Indian journal of veterinary science and animal husbandry - Volume 3,
Year: 1933
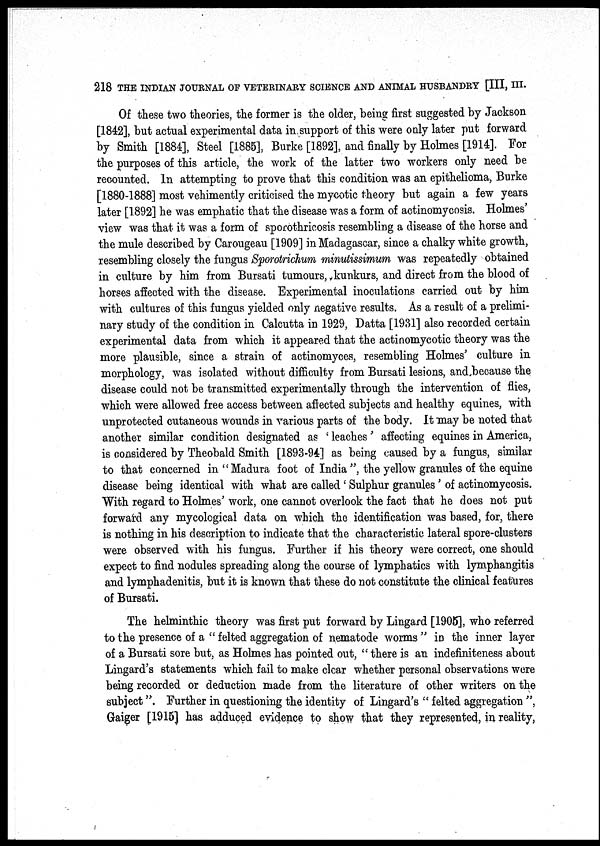
218 THE INDIAN JOURNAL OF VETERINARY SCIENCE AND ANIMAL HUSBANDRY [III, III.
Of these two theories, the former is the older, being first suggested by Jackson
[1842], but actual experimental data in support of this were only later put forward
by Smith [1884], Steel [1885], Burke [1892], and finally by Holmes [1914]. For
the purposes of this article, the work of the latter two workers only need be
recounted. In attempting to prove that this condition was an epithelioma, Burke
[1880-1888] most vehimently criticised the mycotic theory but again a few years
later [1892] he was emphatic that the disease was a form of actinomycosis. Holmes'
view was that it was a form of sporothricosis resembling a disease of the horse and
the mule described by Carougeau [1909] in Madagascar, since a chalky white growth,
resembling closely the fungus Sporotrichum minutissimum was repeatedly obtained
in culture by him from Bursati tumours, kunkurs, and direct from the blood of
horses affected with the disease. Experimental inoculations carried out by him
with cultures of this fungus yielded only negative results. As a result of a prelimi-
nary study of the condition in Calcutta in 1929, Datta [1931] also recorded certain
experimental data from which it appeared that the actinomycotic theory was the
more plausible, since a strain of actinomyces, resembling Holmes' culture in
morphology, was isolated without difficulty from Bursati lesions, and because the
disease could not be transmitted experimentally through the intervention of flies,
which were allowed free access between affected subjects and healthy equines, with
unprotected cutaneous wounds in various parts of the body. It may be noted that
another similar condition designated as ' leaches' affecting equines in America,
is considered by Theobald Smith [1893-94] as being caused by a fungus, similar
to that concerned in "Madura foot of India ", the yellow granules of the equine
disease being identical with what are called ' Sulphur granules' of actinomycosis.
With regard to Holmes' work, one cannot overlook the fact that he does not put
forward any mycological data on which the identification was based, for, there
is nothing in his description to indicate that the characteristic lateral spore-clusters
were observed with his fungus. Further if his theory were correct, one should
expect to find nodules spreading along the course of lymphatics with lymphangitis
and lymphadenitis, but it is known that these do not constitute the clinical features
of Bursati.
The helminthic theory was first put forward by Lingard [1905], who referred
to the presence of a " felted aggregation of nematode worms " in the inner layer
of a Bursati sore but, as Holmes has pointed out, " there is an indefiniteness about
Lingard's statements which fail to make clear whether personal observations were
being recorded or deduction made from the literature of other writers on the
subject". Further in questioning the identity of Lingard's " felted aggregation ",
Gaiger [1915] has adduced evidence to show that they represented, in reality,